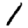
Digit: 1